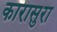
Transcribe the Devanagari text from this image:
कारासुरा